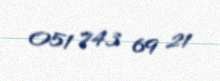
051 743 69 21